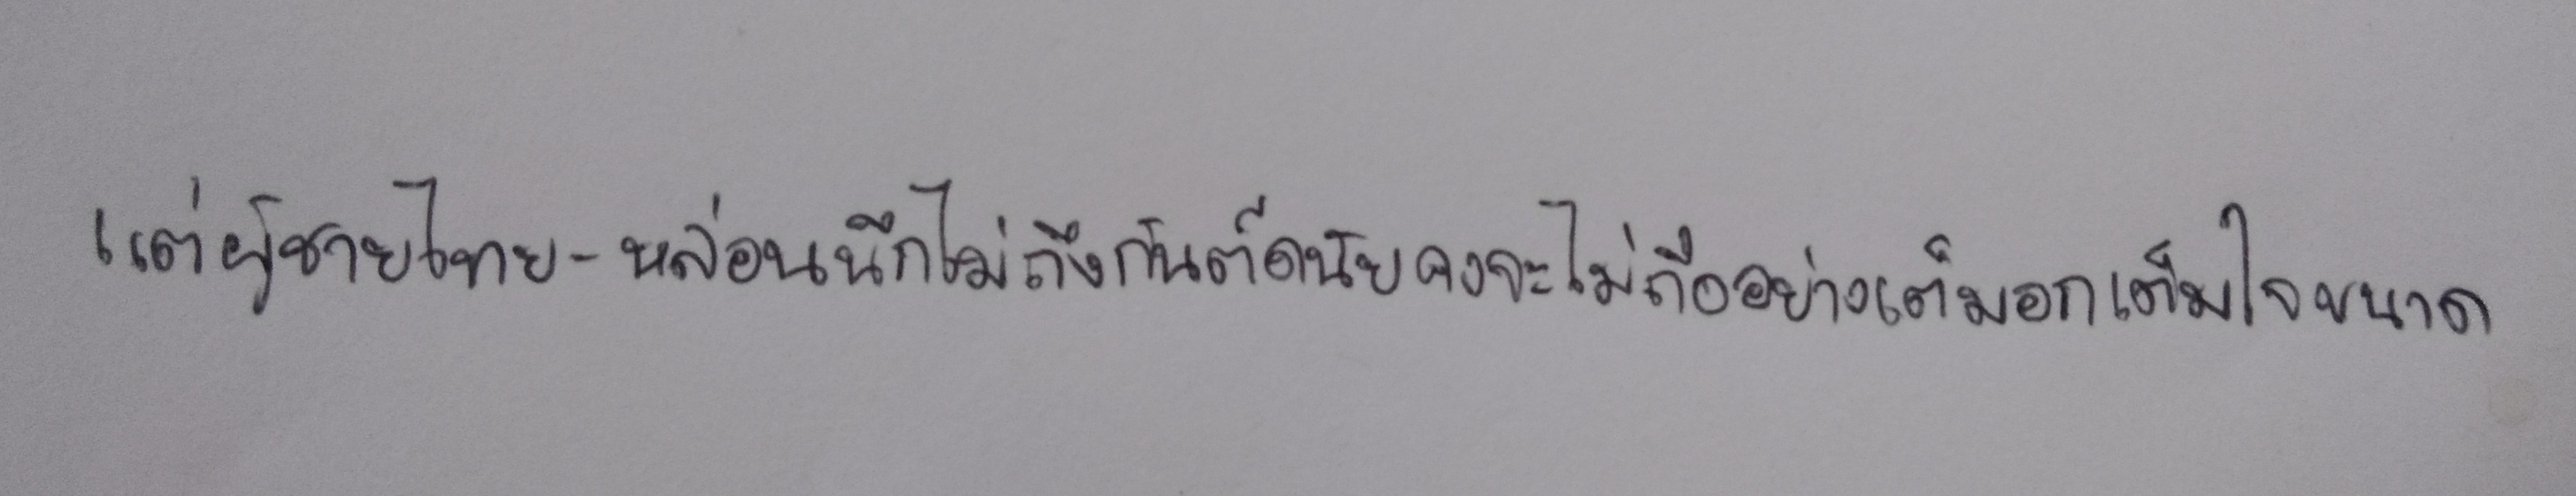
แต่ผู้ชายไทย-หล่อนนึกไปถึงกันต์ดนัยคงจะไม่ถืออย่างเต็มอกเต็มใจขนาด